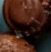
وأنتظر